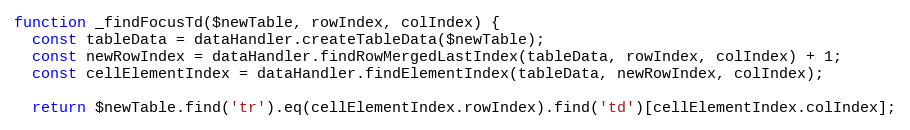
Language: JavaScript
function _findFocusTd($newTable, rowIndex, colIndex) {
  const tableData = dataHandler.createTableData($newTable);
  const newRowIndex = dataHandler.findRowMergedLastIndex(tableData, rowIndex, colIndex) + 1;
  const cellElementIndex = dataHandler.findElementIndex(tableData, newRowIndex, colIndex);

  return $newTable.find('tr').eq(cellElementIndex.rowIndex).find('td')[cellElementIndex.colIndex];